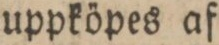
uppköpes af    And. Gentzel.